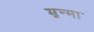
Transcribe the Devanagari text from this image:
म्रन्मा